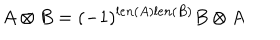
A \otimes B = ( - 1 ) ^ { l e n ( A ) l e n ( B ) } B \otimes A